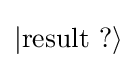
|{\text{result ?}}\rangle